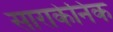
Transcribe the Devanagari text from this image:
साराकेनिक